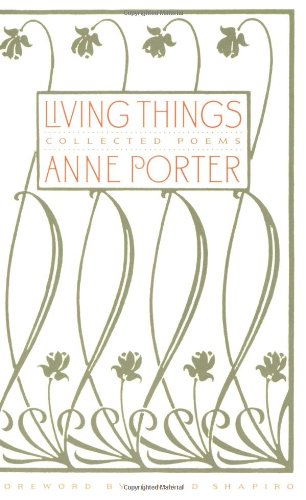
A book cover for Living Things: Collected Poems; Anne Porter; Christian Books & Bibles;